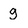
Character: g